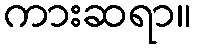
ကားဆရာ။